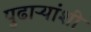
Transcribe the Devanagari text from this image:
पुढाऱ्यांशी